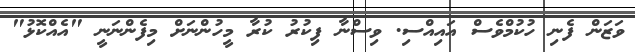
ވަޒަން ފެނި ހުކުމްވެސް އައިއްސި. ވިސްނާ ފިކުރު ކުރާ މީހުންނަށް މިފެންނަނީ "އެއްކޮޅު"